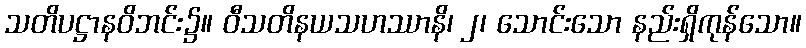
သတိပဋ္ဌာနဝိဘင်း၌။ ဝီသတိနယသဟဿာနိ၊ ၂၊ သောင်းသော နည်းရှိကုန်သော။